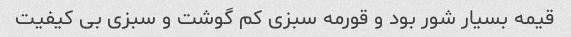
قیمه بسیار شور بود و قورمه سبزی کم گوشت و سبزی بی کیفیت